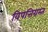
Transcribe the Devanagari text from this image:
विपत्तिग्रस्त